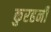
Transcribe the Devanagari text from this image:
कुरहनी